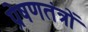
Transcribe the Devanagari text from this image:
प्रेषणतंत्रों